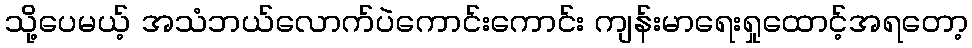
သို့ပေမယ့် အသံဘယ်လောက်ပဲကောင်းကောင်း ကျန်းမာရေးရှုထောင့်အရတော့